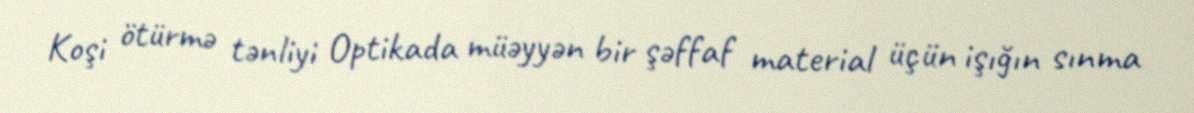
Koşi ötürmə tənliyi Optikada müəyyən bir şəffaf material üçün işığın sınma